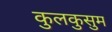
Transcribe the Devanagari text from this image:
कुलकुसुम